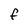
Character: f